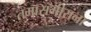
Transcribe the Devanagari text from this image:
तमासगीरांना